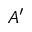
A ^ { \prime }